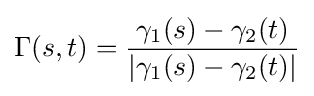
\Gamma (s,t)={\frac {\gamma _{1}(s)-\gamma _{2}(t)}{|\gamma _{1}(s)-\gamma _{2}(t)|}}